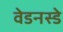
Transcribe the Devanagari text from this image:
वेडनस्डे